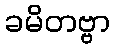
ခမိတဗ္ဗာ